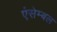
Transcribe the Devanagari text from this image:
एंसेम्बल